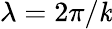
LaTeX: \lambda=2\pi/\mathit{k}